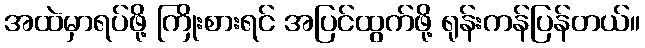
အထဲမှာရပ်ဖို့ ကြိုးစားရင် အပြင်ထွက်ဖို့ ရုန်းကန်ပြန်တယ်။